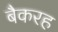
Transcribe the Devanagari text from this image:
बैकरह